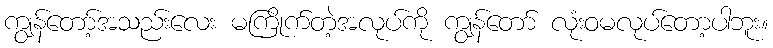
ကျွန်တော့်အသည်းလေး မကြိုက်တဲ့အလုပ်ကို ကျွန်တော် လုံးဝမလုပ်တော့ပါဘူး။